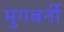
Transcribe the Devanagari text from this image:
मुगबर्नी